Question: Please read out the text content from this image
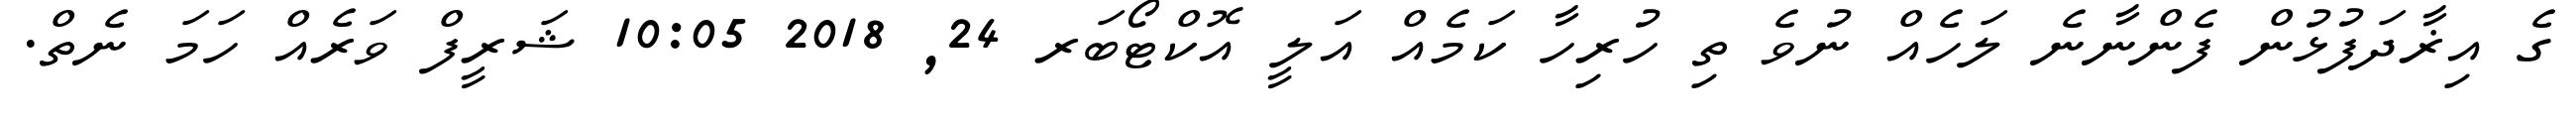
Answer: ގެ އިޜާދަފުޅުން ފެންނާނެ ލަހެއް ނުވެ ތި ހުރިހާ ކަމެއް އަލީ އޮކްޓޯބަރ 24, 2018 10:05 ޝަރީފް ވަރެއް ހަމަ ނެތް.